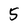
Character: 5